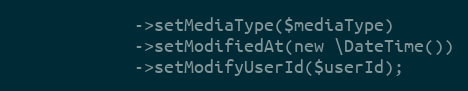
Language: PHP
            ->setMediaType($mediaType)
            ->setModifiedAt(new \DateTime())
            ->setModifyUserId($userId);